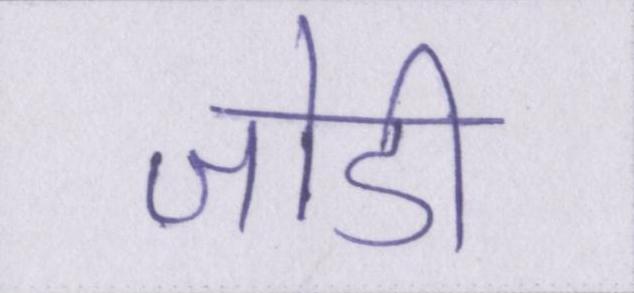
जोडी